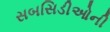
સબસિડીઓની